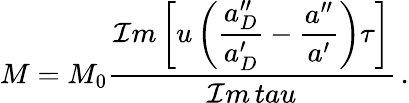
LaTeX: M=M_{0}\frac{\displaystyle{\cal I}m\left[u\left(\frac{a_{D}^{\prime\prime}}{a_{D}^{\prime}}-\frac{a^{\prime\prime}}{a^{\prime}}\right)\tau\right]}{\displaystyle{\cal I}m\, tau}\, .